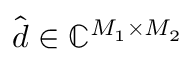
\hat { \boldsymbol { d } } \in \mathbb { C } ^ { M _ { 1 } \times M _ { 2 } }